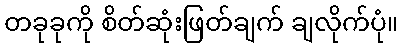
တခုခုကို စိတ်ဆုံးဖြတ်ချက် ချလိုက်ပုံ။